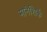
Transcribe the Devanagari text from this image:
मानेशिर्के